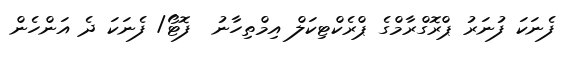
ފެނަކަ ފުނަރު ޕްރޮގްރާމްގެ ޕްރެކްޓިކަލް އިމްތިހާނު  ފޮޓޯ/ ފެނަކަ ދެ އަންހެން